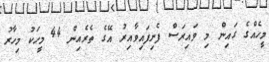
މީހެއްގެ ގައިން މި ވައިރަސް ފެނިފައިވާއިރު އޭގެ ތެރެއިން 44 މީހަކު މިހާރު